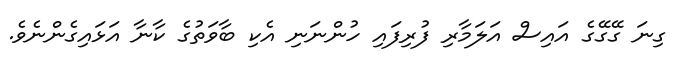
ގިނަ ގޭގޭގެ އައިސް އަލަމާރި ފުރިފައި ހުންނަނި އެކި ބާވަތުގެ ކާނާ އަޅައިގެންނެވެ.